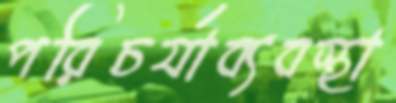
পরিচর্যাব্যবস্থা